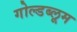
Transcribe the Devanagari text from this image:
गोल्डब्लूम